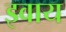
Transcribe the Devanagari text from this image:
इवाय